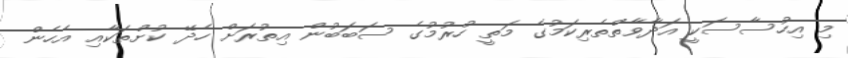
މި އިހުސާސަކީ އަދާވާތްތެރިކަމުގެ މަތީ ހުރުމުގެ ސަބަބުން އިތުރަށް ހެދޭ ކުށްތަކާއި އެހެން